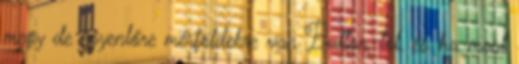
megy de egyenlőre mérföldekre van Button-tól, és ha most